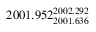
2 0 0 1 . 9 5 2 _ { 2 0 0 1 . 6 3 6 } ^ { 2 0 0 2 . 2 9 2 }